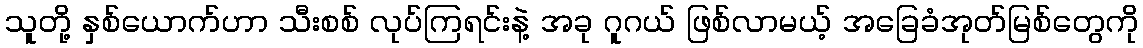
သူတို့ နှစ်ယောက်ဟာ သီးစစ် လုပ်ကြရင်းနဲ့ အခု ဂူဂယ် ဖြစ်လာမယ့် အခြေခံအုတ်မြစ်တွေကို